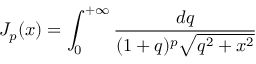
J _ { p } ( x ) = \int _ { 0 } ^ { + \infty } \frac { d q } { ( 1 + q ) ^ { p } \sqrt { q ^ { 2 } + x ^ { 2 } } }